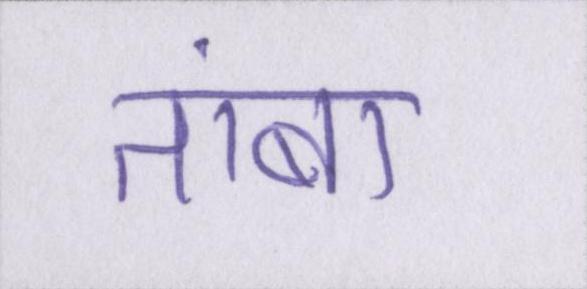
तांबा